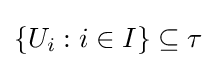
\left\{U_{i}:i\in I\right\}\subseteq \tau